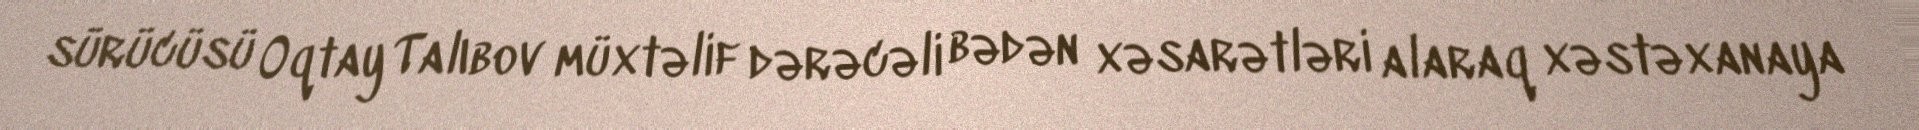
sürücüsü Oqtay Talıbov müxtəlif dərəcəli bədən xəsarətləri alaraq xəstəxanaya